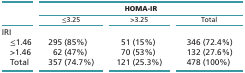
<table><thead><tr><td rowspan="2">[EMPTY_CELL]</td><td colspan="3"><b>HOMA-IR</b></td></tr><tr><td><b>≤3.25</b></td><td><b>&gt;3.25</b></td><td><b>Total</b></td></tr></thead><tbody><tr><td>IRI</td><td>[EMPTY_CELL]</td><td>[EMPTY_CELL]</td><td>[EMPTY_CELL]</td></tr><tr><td> ≤1.46</td><td>295 (85%)</td><td>51 (15%)</td><td>346 (72.4%)</td></tr><tr><td> &gt;1.46</td><td>62 (47%)</td><td>70 (53%)</td><td>132 (27.6%)</td></tr><tr><td> Total</td><td>357 (74.7%)</td><td>121 (25.3%)</td><td>478 (100%)</td></tr></tbody></table>